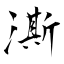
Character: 澌